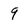
Character: 9